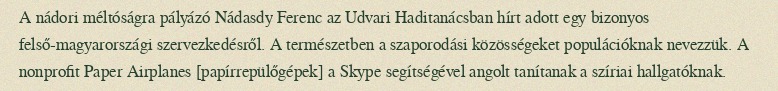
A nádori méltóságra pályázó Nádasdy Ferenc az Udvari Haditanácsban hírt adott egy bizonyos felső-magyarországi szervezkedésről. A természetben a szaporodási közösségeket populációknak nevezzük. A nonprofit Paper Airplanes [papírrepülőgépek] a Skype segítségével angolt tanítanak a szíriai hallgatóknak.